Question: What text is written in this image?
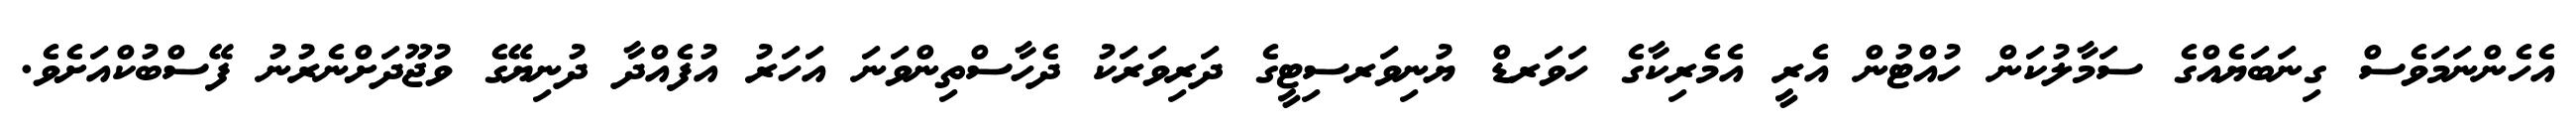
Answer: އެހެންނަމަވެސް ގިނަބަޔެއްގެ ސަމާލުކަން ހުއްޓުން އެރީ އެމެރިކާގެ ހަވަރޑް ޔުނިވަރސިޓީގެ ދަރިވަރަކު ދެހާސްތިންވަނަ އަހަރު އުފެއްދާ ދުނިޔޭގެ ވުޖޫދަށްނެރުނު ފޭސްބުކްއަށެވެ.